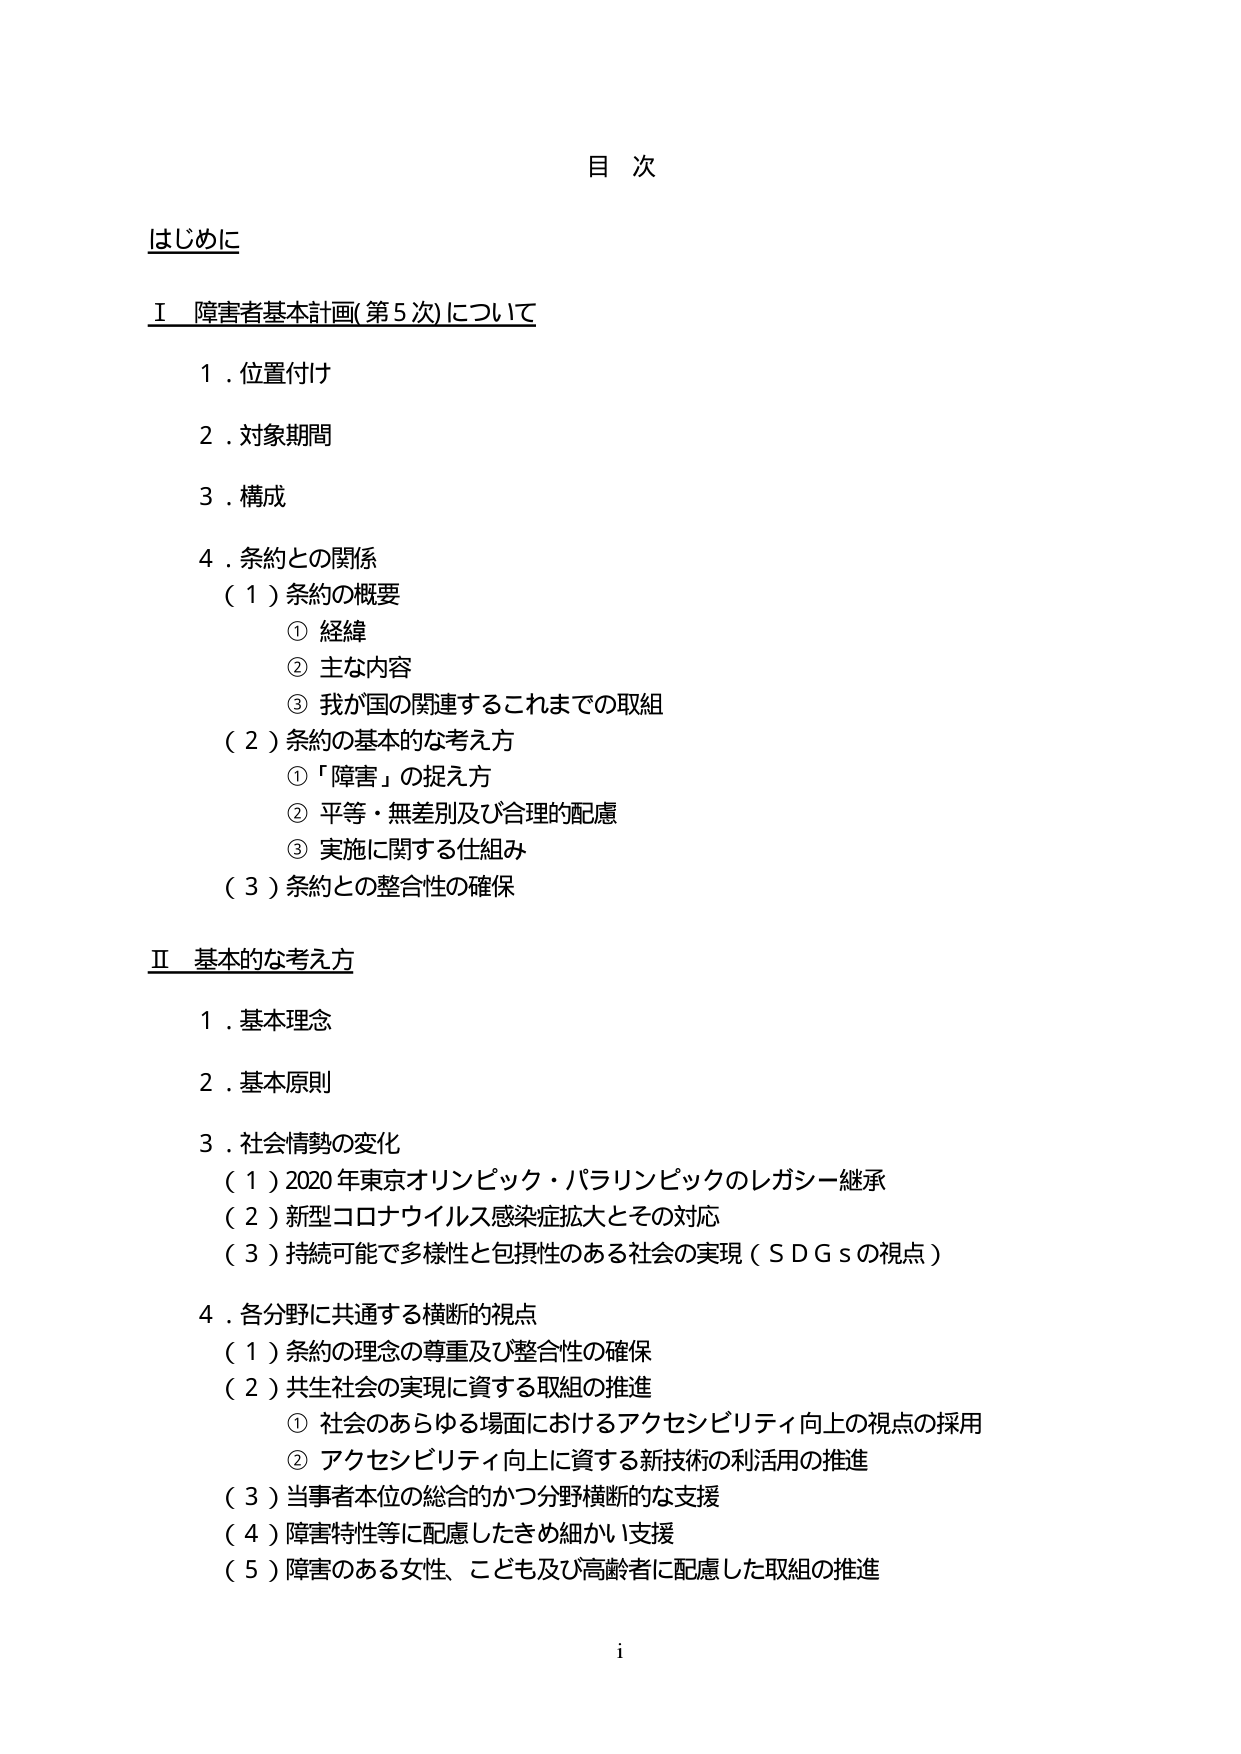
目 次

はじめに

Ⅰ 障害者基本計画(第5次)について

１．位置付け

２．対象期間

３．構成

４．条約との関係

（１）条約の概要

　① 経緯

　② 主な内容

　③ 我が国の関連するこれまでの取組

（２）条約の基本的な考え方

　① 「障害」の捉え方

　② 平等・無差別及び合理的配慮

　③ 実施に関する仕組み

（３）条約との整合性の確保

Ⅱ 基本的な考え方

１．基本理念

２．基本原則

３．社会情勢の変化

　（１）2020年東京オリンピック・パラリンピックのレガシー継承

　（２）新型コロナウイルス感染症拡大とその対応

　（３）持続可能で多様性と包摂性のある社会の実現（ＳＤＧｓの視点）

４．各分野に共通する横断的視点

　（１）条約の理念の尊重及び整合性の確保

　（２）共生社会の実現に資する取組の推進

　　① 社会のあらゆる場面におけるアクセシビリティ向上の視点の採用

　　② アクセシビリティ向上に資する新技術の利活用の推進

　（３）当事者本位の総合的かつ分野横断的な支援

　（４）障害特性等に配慮したきめ細かい支援

　（５）障害のある女性、こども及び高齢者に配慮した取組の推進

i